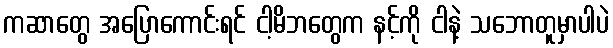
ကဆာတွေ အပြောကောင်းရင် ငါ့မိဘတွေက နင့်ကို ငါနဲ့ သဘောတူမှာပါပဲ